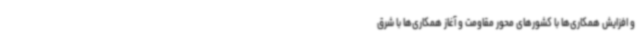
و افزایش همکاری‌ها با کشورهای محور مقاومت و آغاز همکاری‌ها با شرق